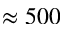
\approx 5 0 0